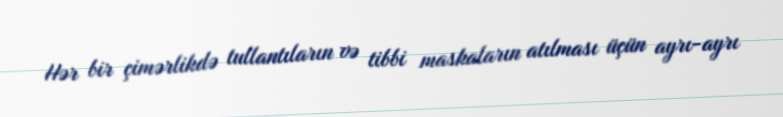
Hər bir çimərlikdə tullantıların və tibbi maskaların atılması üçün ayrı-ayrı